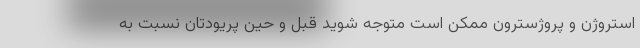
استروژن و پروژسترون ممکن است متوجه شوید قبل و حین پریودتان نسبت به